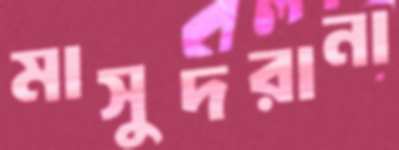
মাসুদরানা